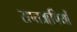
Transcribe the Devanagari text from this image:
सप्तॠषियों